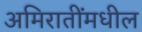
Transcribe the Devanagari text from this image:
अमिरातींमधील